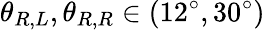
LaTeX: {\theta_{R,L}},{\theta_{R,R}}\in(12^{\circ},30^{\circ})